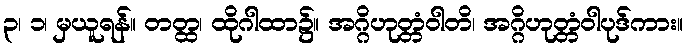
၃၊ ၁၊ မှယူရန်။ တတ္ထ၊ ထိုဂါထာ၌။ အဂ္ဂိဟုတ္တံဝါတိ၊ အဂ္ဂိဟုတ္တံဝါပုဒ်ကား။